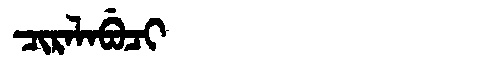
Manchu: ᠴᡳᡵᠠᠯᠠᠪᡠᠴᡳ
Romanization: CIRALABUCI